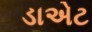
ડાએટ